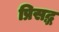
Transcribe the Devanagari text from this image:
प्रिसद्ध